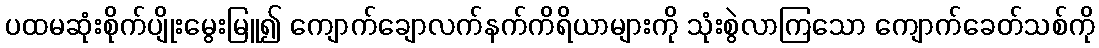
ပထမဆုံးစိုက်ပျိုးမွေးမြူ၍ ကျောက်ချောလက်နက်ကိရိယာများကို သုံးစွဲလာကြသော ကျောက်ခေတ်သစ်ကို